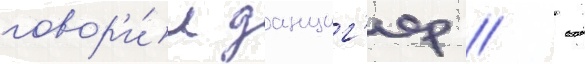
говор'и́л данциг'ер / -